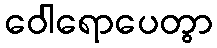
ဝေါရောပေတွာ